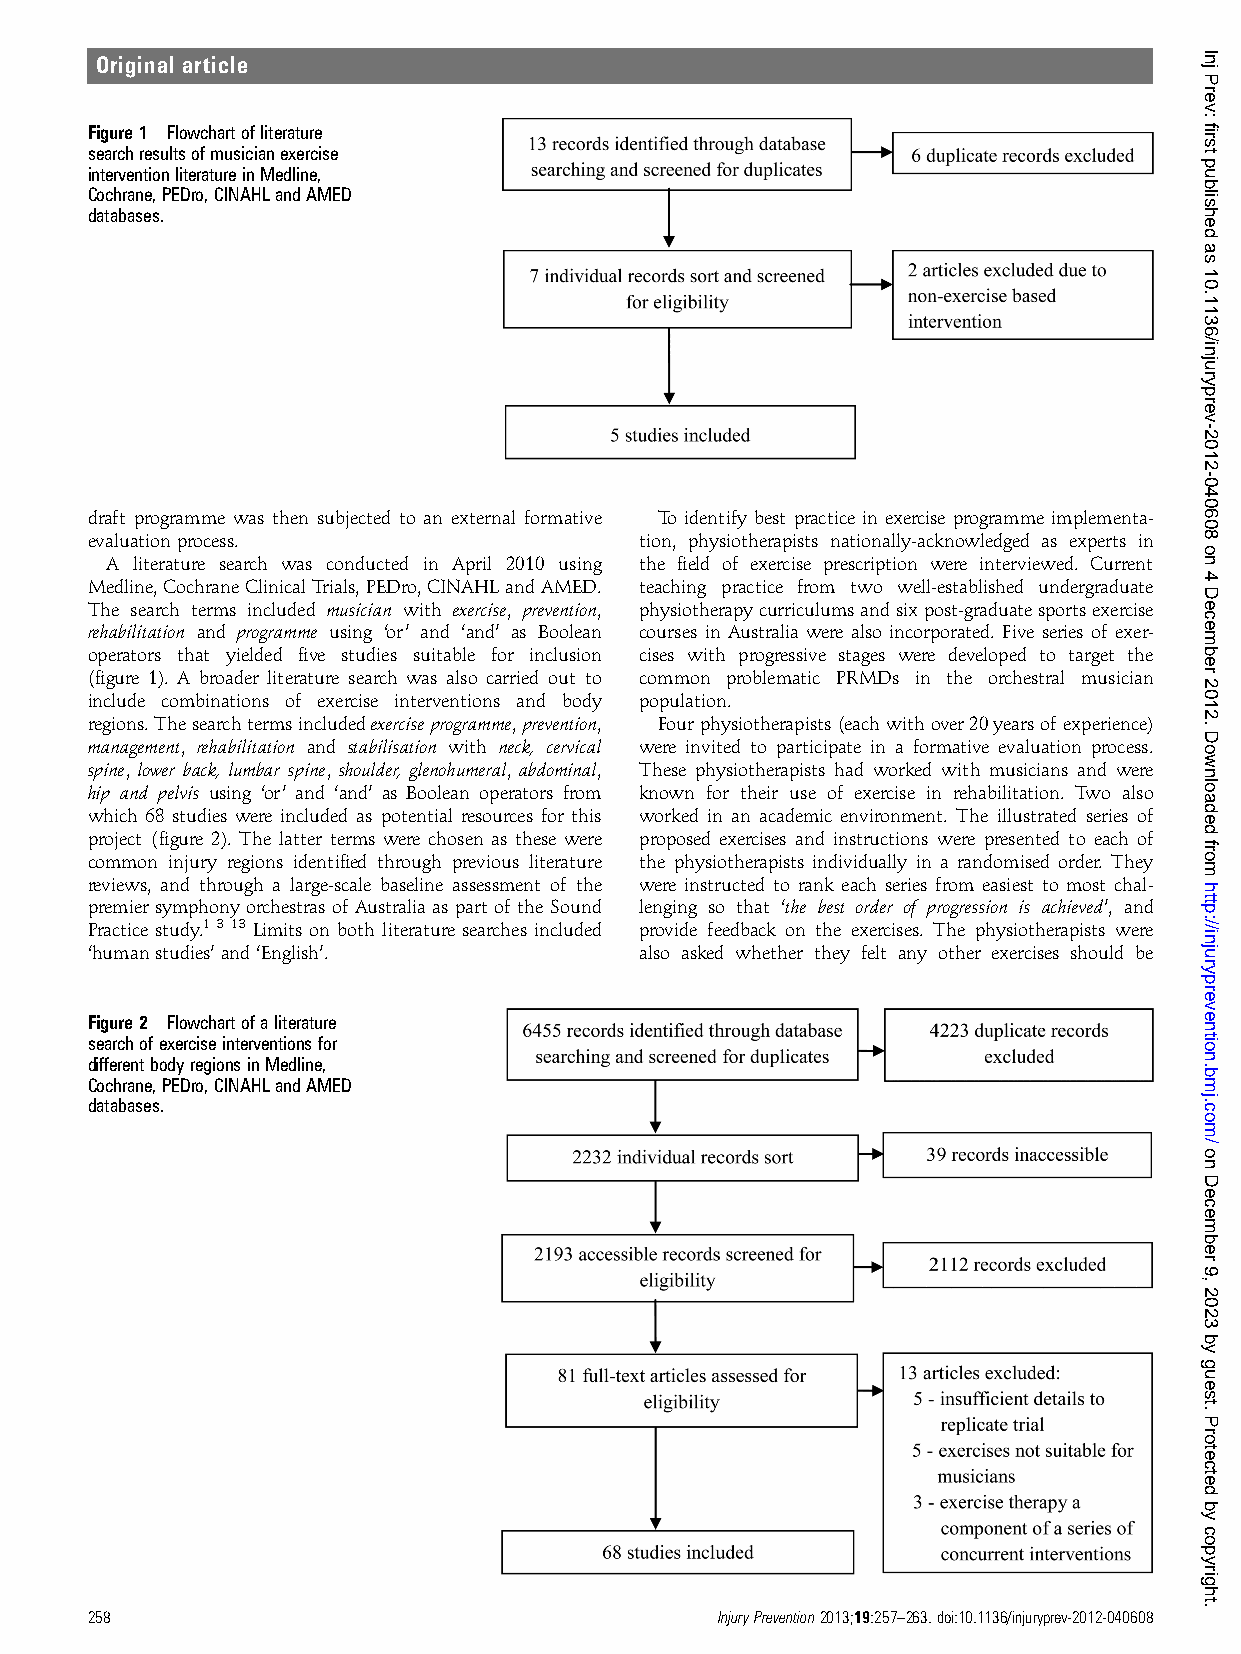
Original article
 Figure1 Flowchartofliterature
 searchresultsofmusicianexercise
 interventionliteratureinMedline,
 Cochrane,PEDro,CINAHLandAMED
 databases.
 draft programme was then subjected to an external formative To identify best practice in exercise programme implementa-
 evaluationprocess.                  tion, physiotherapists nationally-acknowledged as experts in
 A literature search was conducted in April 2010 using the field of exercise prescription were interviewed. Current
 Medline,CochraneClinicalTrials,PEDro,CINAHLandAMED. teaching practice from two well-established undergraduate
 The search terms included musician with exercise, prevention, physiotherapycurriculumsandsixpost-graduatesportsexercise
 rehabilitation and programme using ‘or’ and ‘and’ as Boolean courses in Australia were also incorporated. Five series of exer-
 operators that yielded five studies suitable for inclusion cises with progressive stages were developed to target the
 (figure 1). A broader literature search was also carried out to common problematic PRMDs in the orchestral musician
 include combinations of exercise interventions and body population.
 regions.Thesearchtermsincludedexerciseprogramme,prevention, Four physiotherapists(each with over 20years of experience)
 management, rehabilitation and stabilisation with neck, cervical were invited to participate in a formative evaluation process.
 spine, lower back, lumbar spine, shoulder, glenohumeral, abdominal, These physiotherapists had worked with musicians and were
 hip and pelvis using ‘or’ and ‘and’ as Boolean operators from known for their use of exercise in rehabilitation. Two also
 which 68 studies were included as potential resources for this worked in an academic environment. The illustrated series of
 project (figure 2). The latter terms were chosen as these were proposed exercises and instructions were presented to each of
 common injury regions identified through previous literature the physiotherapists individually in a randomised order. They
 reviews, and through a large-scale baseline assessment of the were instructed to rank each series from easiest to most chal-
 premier symphonyorchestras of Australia as part of the Sound lenging so that ‘the best order of progression is achieved’, and
 Practice study.1 3 13 Limits on both literature searches included provide feedback on the exercises. The physiotherapists were
 ‘humanstudies’and‘English’.         also asked whether they felt any other exercises should be
 Figure2 Flowchartofaliterature
 searchofexerciseinterventionsfor
 differentbodyregionsinMedline,
 Cochrane,PEDro,CINAHLandAMED
 databases.
 258                                      InjuryPrevention2013;19:257–263.doi:10.1136/injuryprev-2012-040608
 Inj
 Prev:
 first
 published
 as
 10.1136/injuryprev-2012-040608
 on
 4
 December
 2012.
 Downloaded
 from
 http://injuryprevention.bmj.com/
 on
 December
 9,
 2023
 by
 guest.
 Protected
 by
 copyright.